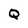
Character: Q